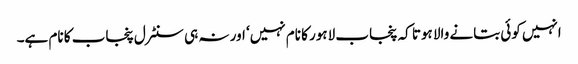
انہیں کوئی بتانے والا ہوتا کہ پنجاب لاہور کا نام نہیں‘ اور نہ ہی سنٹرل پنجاب کا نام ہے۔